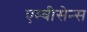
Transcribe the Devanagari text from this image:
एम्बीसेन्स